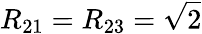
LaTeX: R_{21}=R_{23}=\sqrt{2}